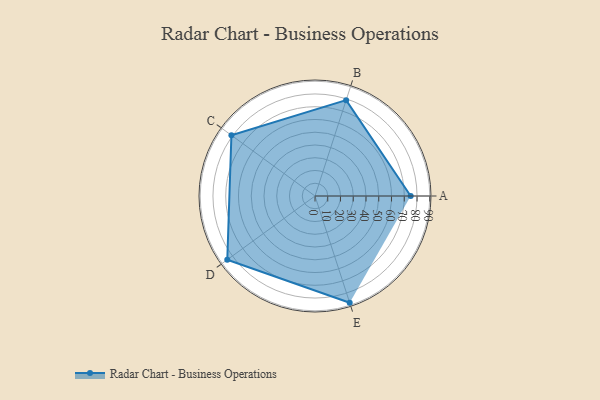
{"axis": {"x": "Skill", "y": "Score"}, "legend": ["Profile"], "data": [{"x": "A", "y": 75.0, "type": "Profile"}, {"x": "B", "y": 79.0, "type": "Profile"}, {"x": "C", "y": 81.0, "type": "Profile"}, {"x": "D", "y": 85.0, "type": "Profile"}, {"x": "E", "y": 88.0, "type": "Profile"}]}